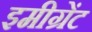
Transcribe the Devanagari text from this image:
इमीग्रेंट